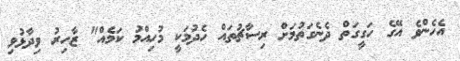
އެހެންވެ އޭގެ ހަގީގަތް ދެނެގަތުމަށް ރިސާޗުތައް ހެދުމަކީ މުހިއްމު ކަމެއް" ޒާހިރު ވިދާޅުވި